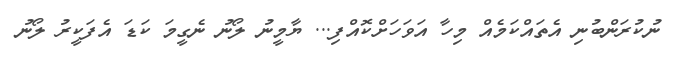
ނުކުރަންބުނި އެތައްކަމެއް މިހާ އަވަހަށްކޮއްފި... ޔާމީނު ލޯނު ނެގީމަ ކަޑަ އެފަކީރު ލޯނު